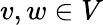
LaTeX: v,w\in V